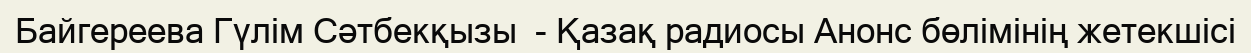
Байгереева Гүлім Сәтбекқызы  - Қазақ радиосы Анонс бөлімінің жетекшісі